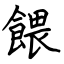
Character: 餵